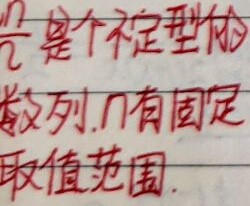
$\frac{n}{2}$是个不定型的数列,$n$有固定取值范围.